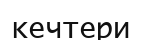
кечтери